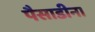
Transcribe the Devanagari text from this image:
पैसाडीना